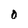
Character: O